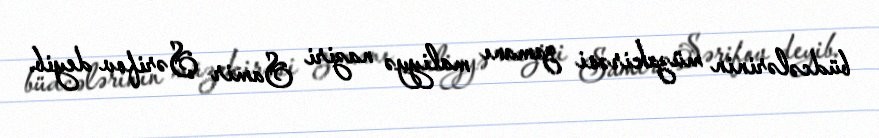
büdcələrinin müzakirəsi zamanı maliyyə naziri Samir Şərifov deyib.